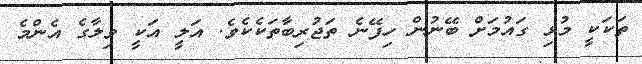
ތަކަކީ މުޅި ގައުމަށް ބޭނުން ހިފޭނެ ތަޖުރިބާތަކެކެވެ. އަލީ އަކީ ވިލާގެ އެންމެ